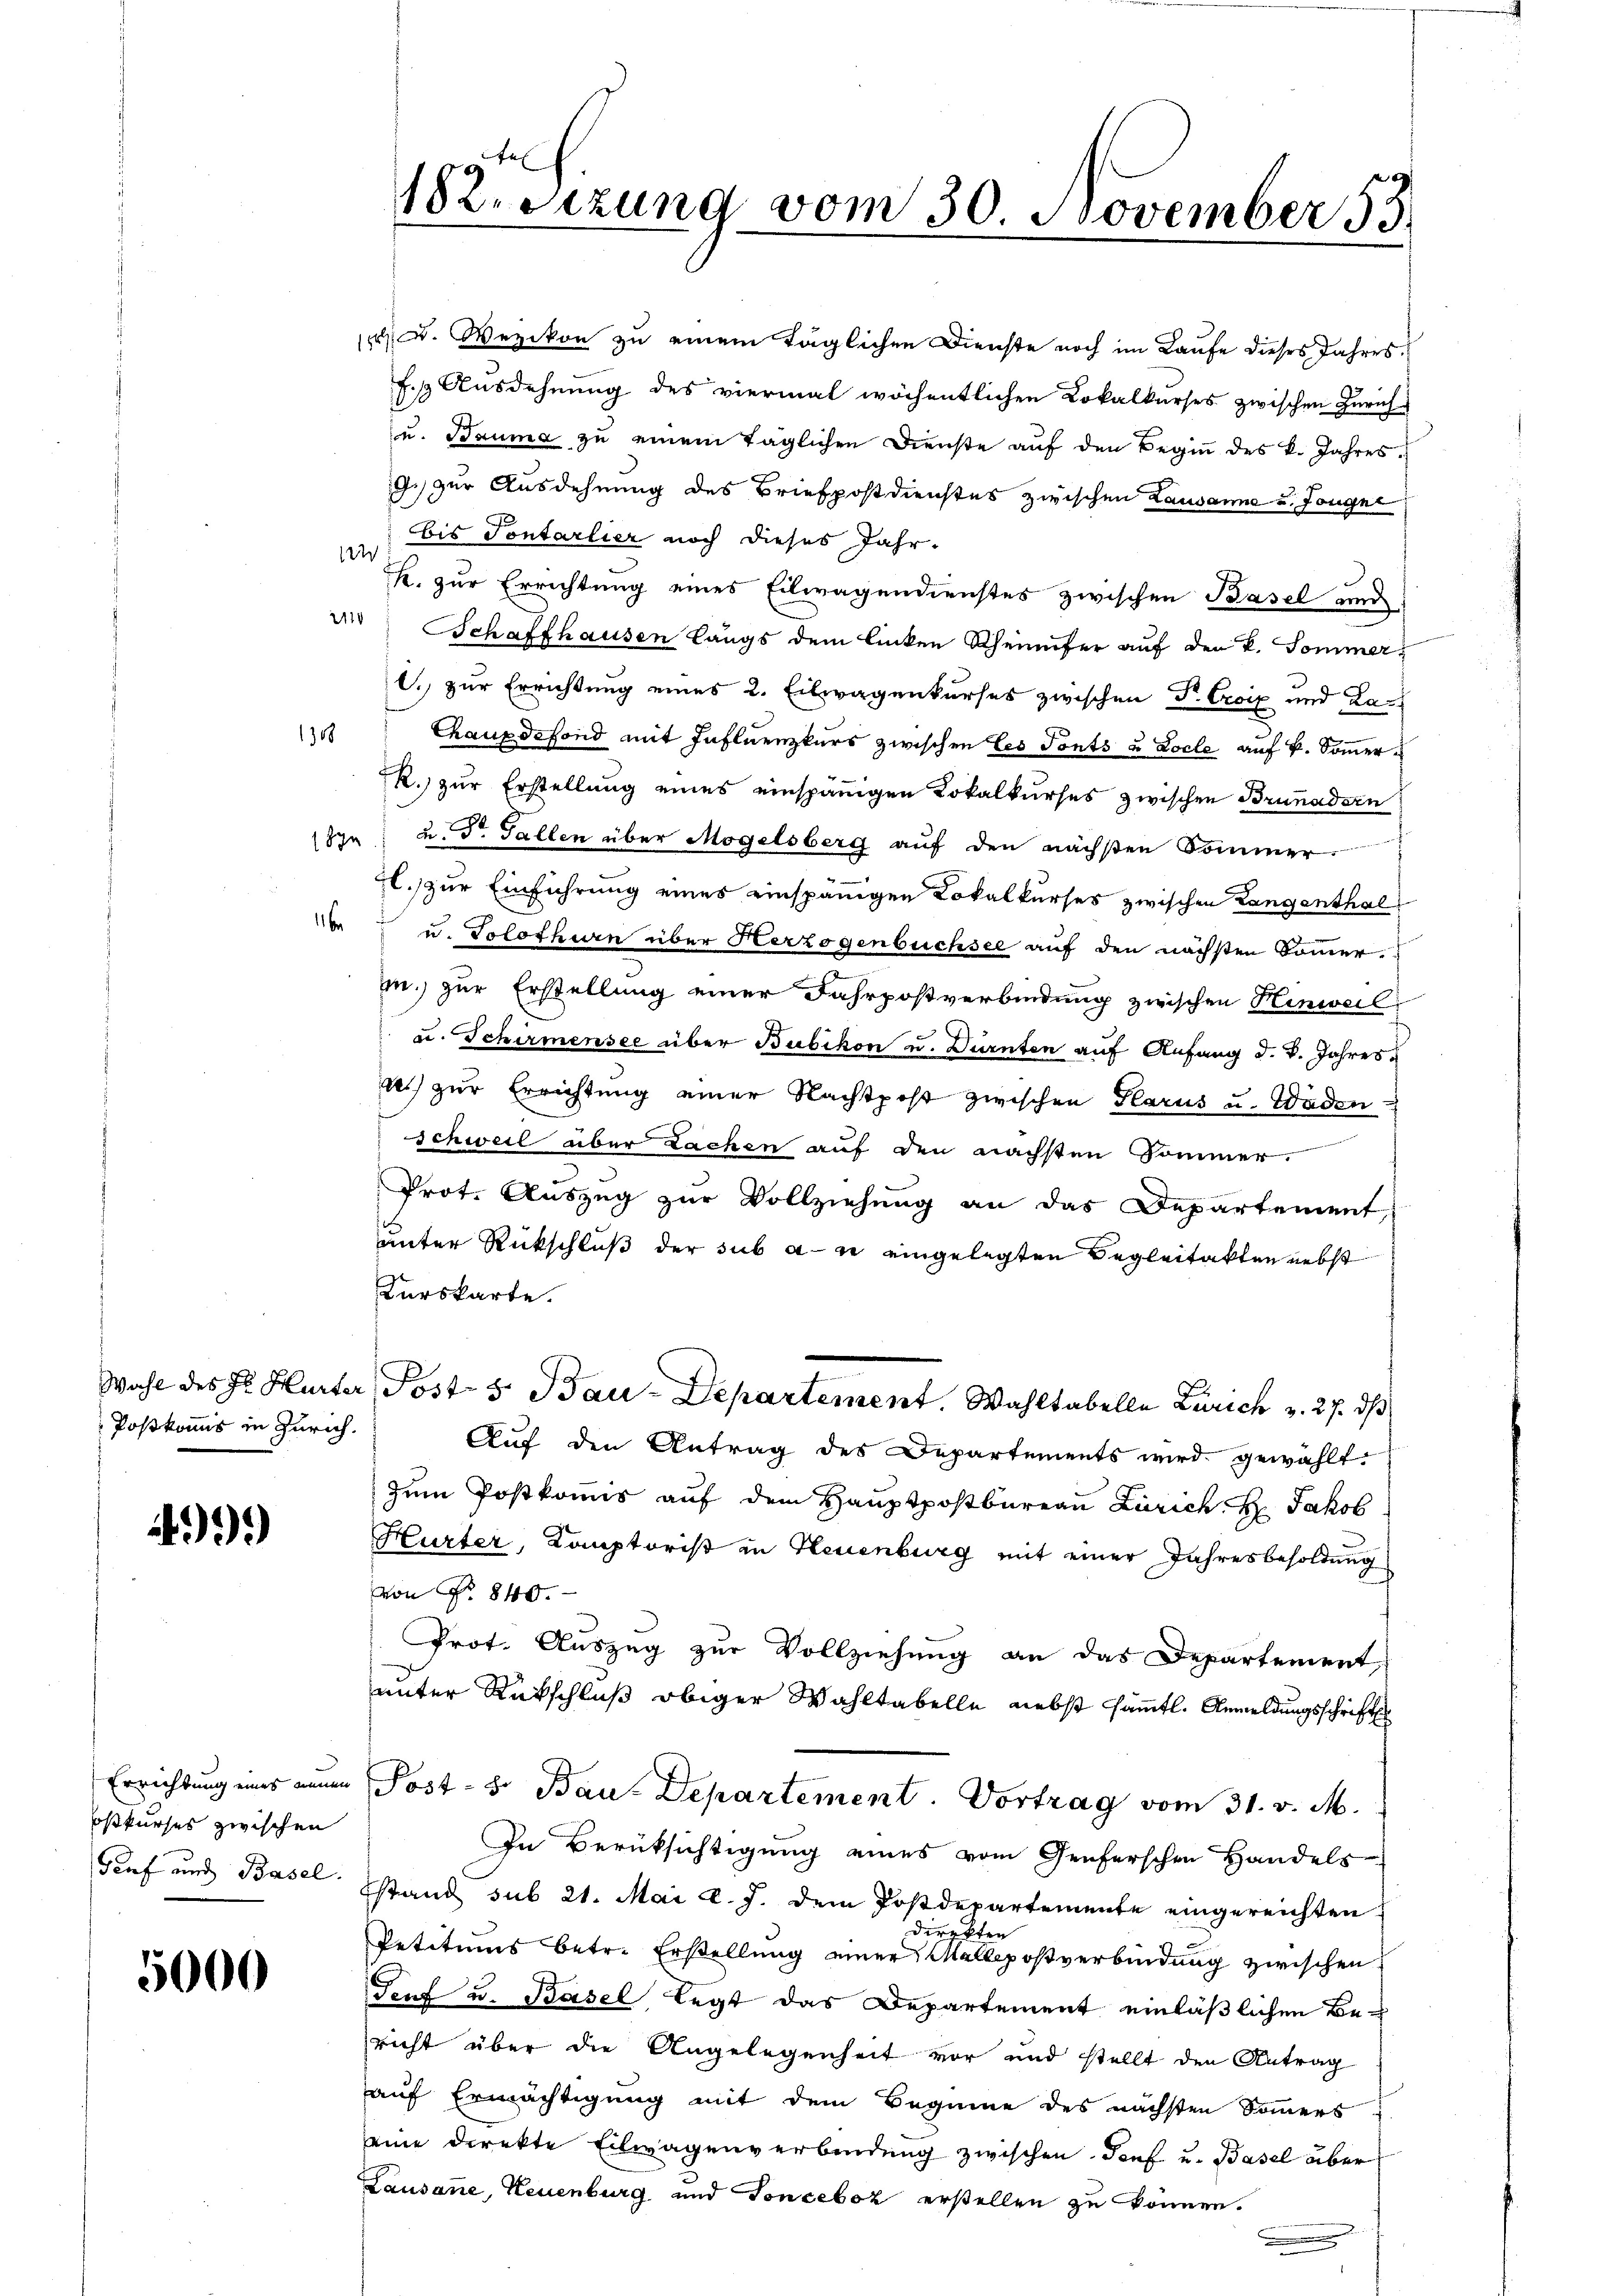
Postkomis in Zürich.

999)

oßkurses zwischen
Torf und Basel.

5000

Wezikon zu einem täglichen Dienste noch im Laufe dieses Jahresf. Ausdehnung des viermal wöchentlichen Lokalkurses zwischen Zürich¬
u. Bauma zu einem täglichen Dienste auf den Beginn des k. Jahres.
9.) zur Ausdehnung des Briefpostdienstes zwischen Lausanne u. Tougne
bis Pontarlier noch dieses Jahr.
i
K. zur Errichtung eines Eilwagendienstes zwischen Basel und
der Schaffhausen Längs dem linken Scheinufer auf den k. Sommer.
l. zur Errichtung eines 2. Eilwagenkurses zwischen Dr. Croix und La¬
1308
Chaupdefond mit Influenzkurs zwischen Ces Tonts u. Locle auf k. Sommer¬
R.) zur Erstellung eines einspänigen Lokalkurses zwischen Brunaden
yn" u. Dr. Fallen über Mögelsberg aŭf den nächsten Sommer.
H. zur Einführung eines einspänigen Lokalkurses zwischen Langenthal¬
16 u. Solothurn über Herzogenbüchsee auf den nächsten Sommerm.) zur Erstellung einer Fahrpostverbindung zwischen Hinweil
 u. Schirmensee über Bubikon u. Dürnten auf Anfang d. V. Jahreses) zur Errichtung einer Nachtpost zwischen Glarus u. Wäden
schweil aber Lachen auf den nächsten Sommer.
Prot. Auszug zur Vollziehung an das Departement
unter Rückschluß der sub an eingelegten Begleitakten nebst
Kurskarte.
Wahl des Hr. Hurter, Post 5 Bau-Departement. Wahltabelle Zürich v. 27. ds
Auf den Antrag des Departements wird gewählt:
zŭm Postkommis aŭf dem Haŭptpostbureau Zürich Hr. Jakob
Hurter, Kamptorist in Neuenburg mit einer Jahresbesoldung
von No 840.
Prot. Auszug zur Vollziehung an das Departement
unter Rückschluß obiger Wahltabelle nebst sämtl. Anmeldungsschrifte
Errichtung eines einen Post- 8. Bau-Departement. Vortrag vom 31. v. M.
In Berüksichtigung eines vom Genferschen Handels
stand sub 21. Mai d. J. dem Postdepartemente eingereichten
direkten
Petitums betr. Erstellung einer Mellpostverbindung zwischen
Tent u. Basel legt das Departement einläßlichen Bericht über die Angelegenheit vor und stellt den Antrag
auf Ermächtigung mit dem Beginne des nächsten Sommers
eine direkte Eilwagenverbindung zwischen Dorf u. Basel über
Lausanne, Neuenburg und Tonceboz erstellen zu können.

12. Sitzung vom 30. November 55.